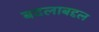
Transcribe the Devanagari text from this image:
बदलाबद्दल